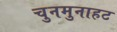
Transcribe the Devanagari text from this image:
चुनमुनाहट